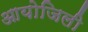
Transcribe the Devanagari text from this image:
आयोजिली